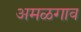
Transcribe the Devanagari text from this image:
अमळगाव